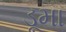
ડૂમા